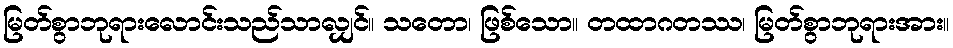
မြတ်စွာဘုရားလောင်းသည်သာလျှင်။ သတော၊ ဖြစ်သော။ တထာဂတဿ၊ မြတ်စွာဘုရားအား။